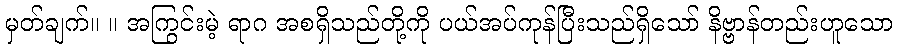
မှတ်ချက်။ ။ အကြွင်းမဲ့ ရာဂ အစရှိသည်တို့ကို ပယ်အပ်ကုန်ပြီးသည်ရှိသော် နိဗ္ဗာန်တည်းဟူသော